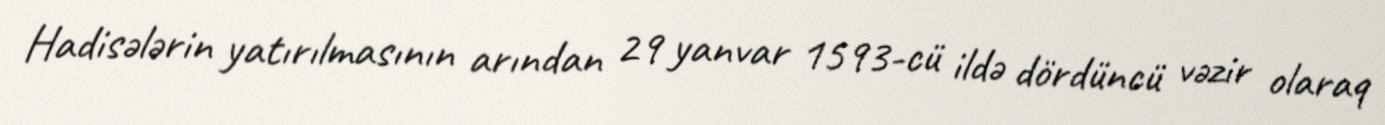
Hadisələrin yatırılmasının arından 29 yanvar 1593-cü ildə dördüncü vəzir olaraq